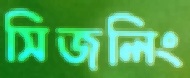
সিজলিং